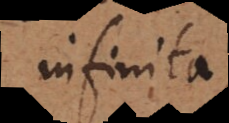
infinita,